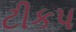
ટીકપ